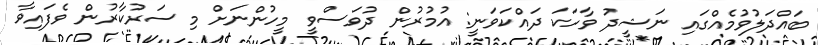
ބައްދަލުވުމެއްގައި ނަޝީދު ވާހަކަ ދައްކަވަނީ: އުމުރުން ދުވަސްވީ މީހުންނަށް މި ސަރުކާރުން ވެފައިވާ